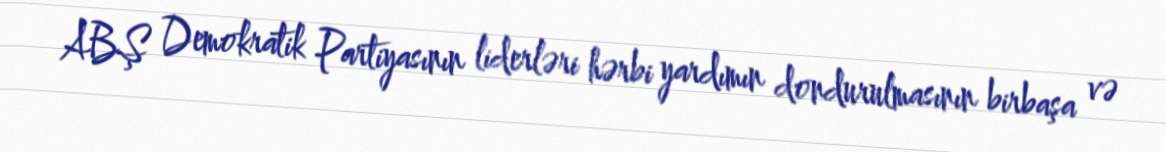
ABŞ Demokratik Partiyasının liderləri hərbi yardımın dondurulmasının birbaşa və